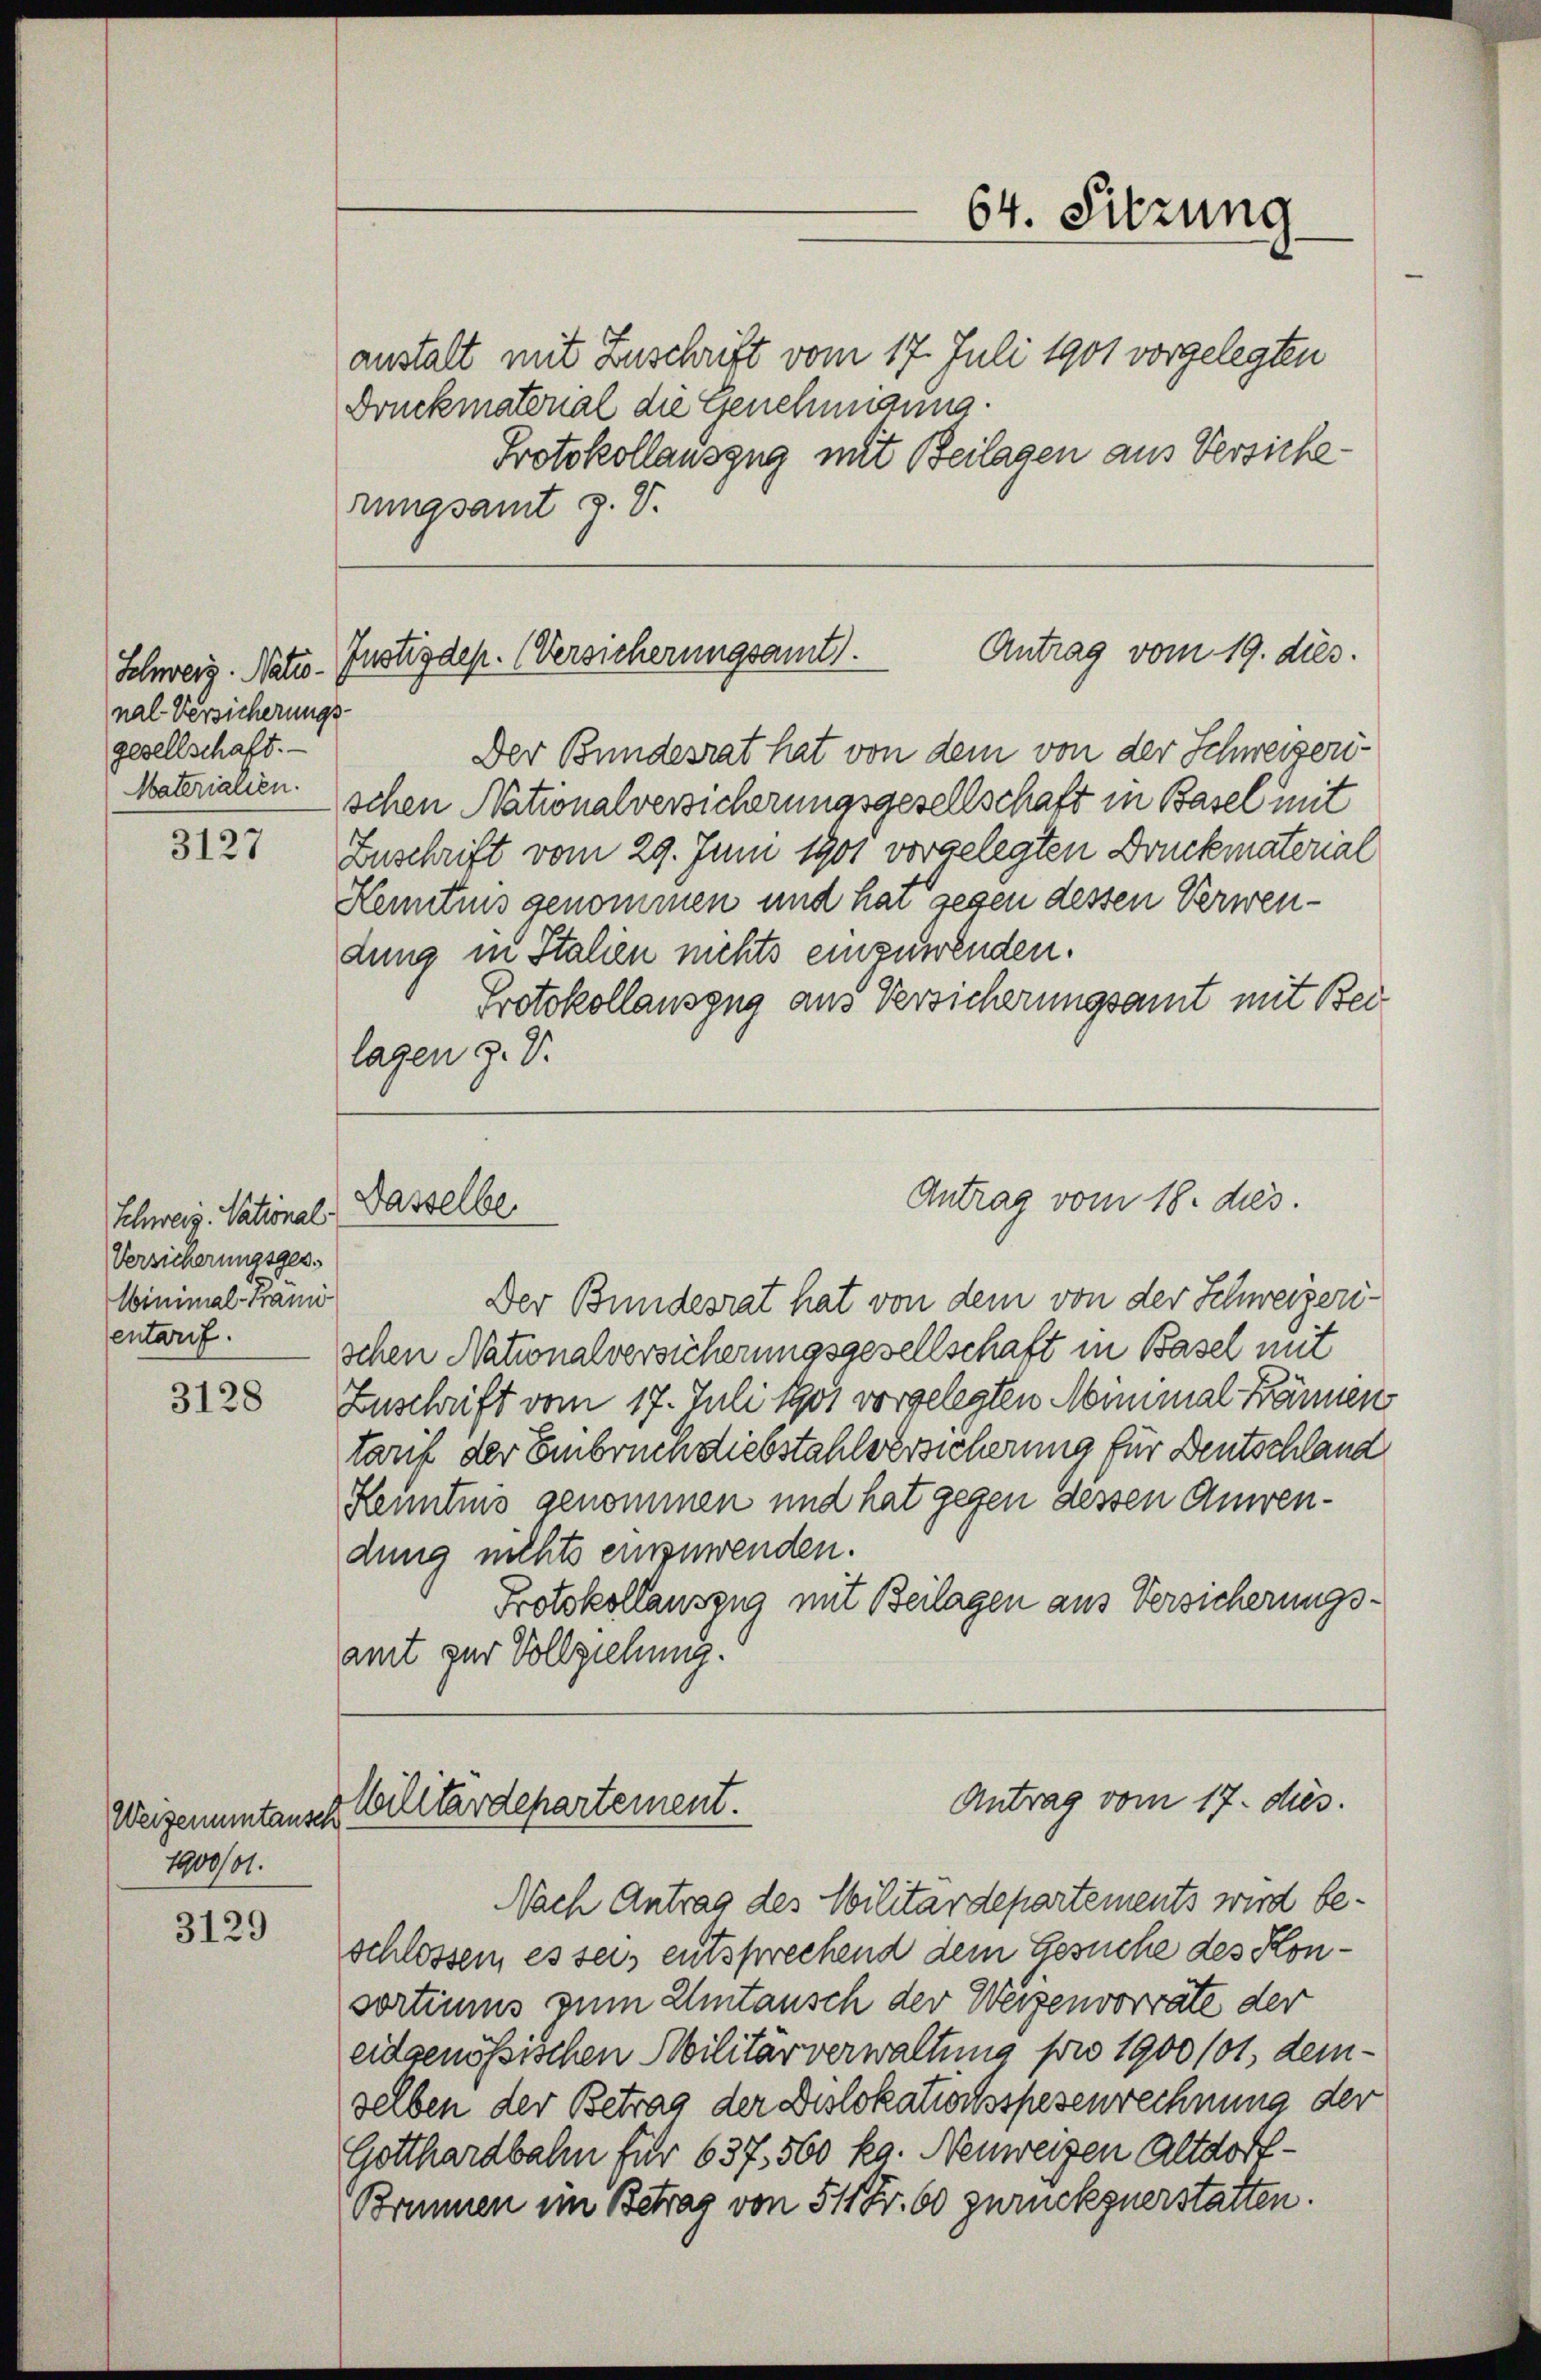
nal-Versicherungs-
gesellschaft. —
Materialien.

3127

Schweiz. National
Versicherungsges¬
Winimal-Brand
entarif.

3128

Weizenumtausch
1900/41.

3129

anstalt mit Zuschrift vom 17. Juli 1901 vorgelegten
Druckmatonal die Genehmigung
Protokollauszug mit Beilagen aus Versicherungsamt z. V.

64. Sitzung

Antrag vom 19. dies.
Schweiz. Natio- Justizdep. (Versicherungsamt.

Dasselbe

Der Bundesrat hat von dem von der Schweizeriischen Nationalversicherungsgesellschaft in Basel mit
Zuschrift vom 29. Juni 1901 vorgelegten Druckmaterial
Kenntnis genommen und hat gegen dessen Verwendung in Italien nichts einzuwenden.
Protokollauszug aus Versicherungsamt mit Beilagen z. V.

Der Bundesrat hat von dem von der Schweizerischen Nationalversicherungsgesellschaft in Basel mit
Zuschrift vom 17. Juli 1901 vorgelegten Meinmal können
tarif der Einbruch diebstahlversicherung für Deutschland
Kenntnis genommen und hat gegen dessen Anwendung nichts einzuwenden.
Protokollauszug mit Beilagen aus Versicherungsamt zur Vollziehung.

Antrag vom 18. ds.

Antrag vom 17. ds.
Wilitärdepartement.

Nach Antrag des Militärdepartements wird beschlossen, es seis entsprechend dem Gesuche des Konsortiums zum Umtausch der Weigenvorräte der
eidgenössischen Militärverwaltung pro 1900/01, demselben der Betrag der Dislokationsspesenrechnung der
Gotthardbahn für 637. 560 kg. Neuweisen Altdorf-
Brunnen im Betrag von 511 Fr. 60 zurückzuerstatten.